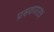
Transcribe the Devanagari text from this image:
प्रसवपरतंत्रं